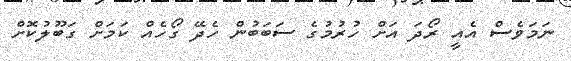
ނަމަވެސް އެއީ ރޯދަ އަށް ހުރުމުގެ ސަބަބުން ހެދޭ ގޯހެއް ކަމަށް ގަބޫލުކޮށް